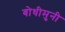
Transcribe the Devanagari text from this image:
बोधीमुनी